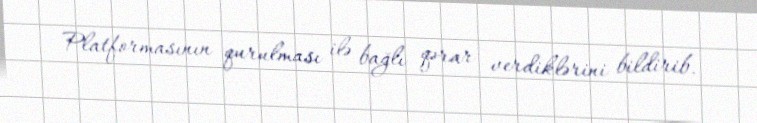
Platformasının qurulması ilə bağlı qərar verdiklərini bildirib.